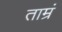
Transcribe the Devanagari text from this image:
ताम्रं